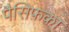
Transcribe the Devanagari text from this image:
पैसिफ़का